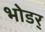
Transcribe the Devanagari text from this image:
भोडर्